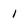
Character: 1